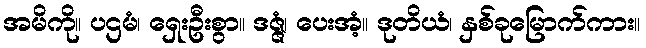
အမိကို။ ပဌမံ၊ ရှေးဦးစွာ။ ဒဇ္ဇံ၊ ပေးအံ့။ ဒုတိယံ၊ နှစ်ခုမြောက်ကား။